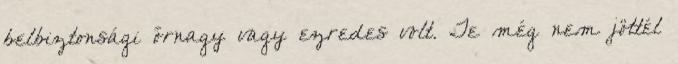
bel­biztonsági őrnagy vagy ezredes volt. Te még nem jöttél